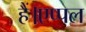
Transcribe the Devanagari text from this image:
हैं।एप्पल